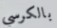
بالكرسي